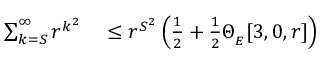
\begin{array} { r l } { \sum _ { k = S } ^ { \infty } r ^ { k ^ { 2 } } } & { { } \leq r ^ { S ^ { 2 } } \left( \frac { 1 } { 2 } + \frac { 1 } { 2 } \Theta _ { _ { E } } [ 3 , 0 , r ] \right) } \end{array}